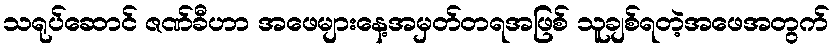
သရုပ်ဆောင် ဇဏ်ခီဟာ အဖေများနေ့အမှတ်တရအဖြစ် သူချစ်ရတဲ့အဖေအတွက်